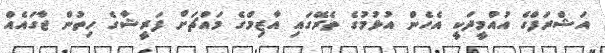
އަޝްރަފްގެ އުއްމީދަކީ އެހެން އުޅުމުގެ ތެރޭގައި އާޒިމްގެ މައްޗަށް ފަރީޝާގެ ހިތުން ޖާގައެއް